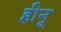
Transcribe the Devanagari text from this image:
हीनू